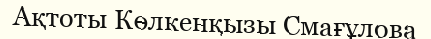
Ақтоты Көлкенқызы Смағұлова